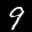
Label: 9